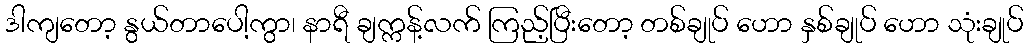
ဒါကျတော့ နွယ်တာပေါ့ကွာ၊ နာရီ ချက္ကန့်လက် ကြည့်ပြီးတော့ တစ်ချုပ် ဟော နှစ်ချုပ် ဟော သုံးချုပ်